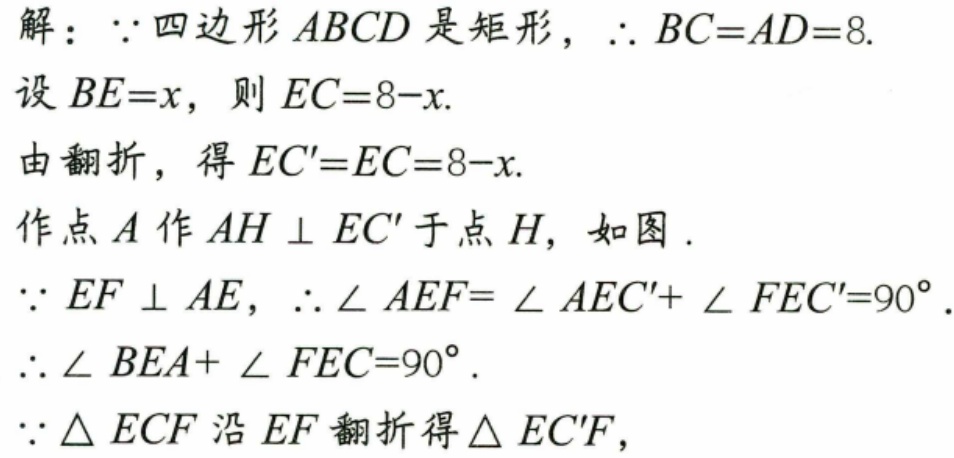
解：\(\because\)四边形\(ABCD\)是矩形，\(\therefore BC = AD = 8\).
设\(BE = x\)，则\(EC = 8 - x\).
由翻折，得\(EC' = EC = 8 - x\).
作点\(A\)作\(AH\perp EC'\)于点\(H\)，如图.
\(\because EF\perp AE\)，\(\therefore\angle AEF=\angle AEC'+\angle FEC' = 90^{\circ}\).
\(\therefore\angle BEA+\angle FEC = 90^{\circ}\).
\(\because\triangle ECF\)沿\(EF\)翻折得\(\triangle EC'F\)，